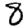
Digit: 8